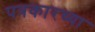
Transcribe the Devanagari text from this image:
पत्रकारच्या